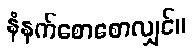
နံနက်စောစောလျှင်။